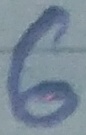
Text: 6